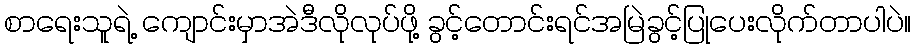
စာရေးသူရဲ့ ကျောင်းမှာအဲဒီလိုလုပ်ဖို့ ခွင့်တောင်းရင်အမြဲခွင့်ပြုပေးလိုက်တာပါပဲ။